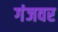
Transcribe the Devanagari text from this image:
गंजवर